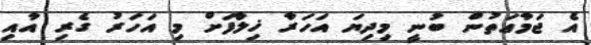
އެ ޖަމާޢަތުން ބުނީ މިދިޔަ އަހަރާ ޚިލާފަށް މި އަހަރު ގެރި އާއި